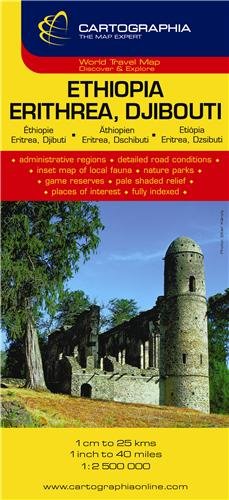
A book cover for Ethiopia, Eritrea, Djibouti (French, English and German Edition); Cartographia; Travel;